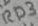
Text: RD3